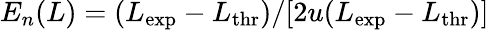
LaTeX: E_{n}(L)=(L_{\mathrm{exp}}-L_{\mathrm{thr}})/[2u(L_{\mathrm{exp}}-L_{\mathrm{thr}})]